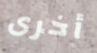
أخرى